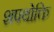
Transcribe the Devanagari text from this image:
शपथोक्ति